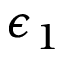
\epsilon _ { 1 }